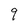
Character: 9